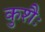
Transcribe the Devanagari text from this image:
कुशैः